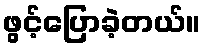
ဖွင့်ပြောခဲ့တယ်။